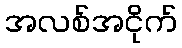
အလစ်အငိုက်